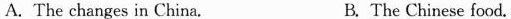
A.The changes in China. B.The Chinese food.